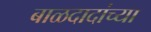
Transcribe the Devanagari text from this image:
बाळदादांच्या